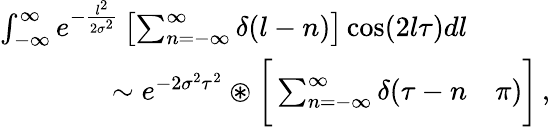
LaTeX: \begin{array}{rl}{\int_{-\infty}^{\infty}e^{-\frac{l^{2}}{2\sigma^{2}}}\left[\sum_{n=-\infty}^{\infty}\delta(l-n)\right]\cos(2l\tau)dl}&{{}}\\ {\sim e^{-2\sigma^{2}\tau^{2}}\circledast\bigg[\sum_{n=-\infty}^{\infty}\delta(\tau-n}&{{}\pi)\bigg]\, ,}\end{array}